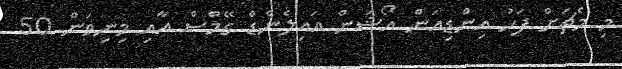
މި މެޗަށް ފަހު އިންޑިއަން އޯޝަން އައިލެންޑް ގޭމްސް އާއި މިނިވަން 50